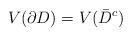
LaTeX: \begin{align*} V(\partial D) = V(\bar{D}^c)\end{align*}